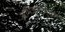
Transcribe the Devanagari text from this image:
अभिजनोन्मुखता